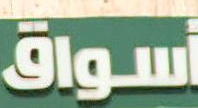
أسواق